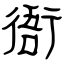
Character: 衙